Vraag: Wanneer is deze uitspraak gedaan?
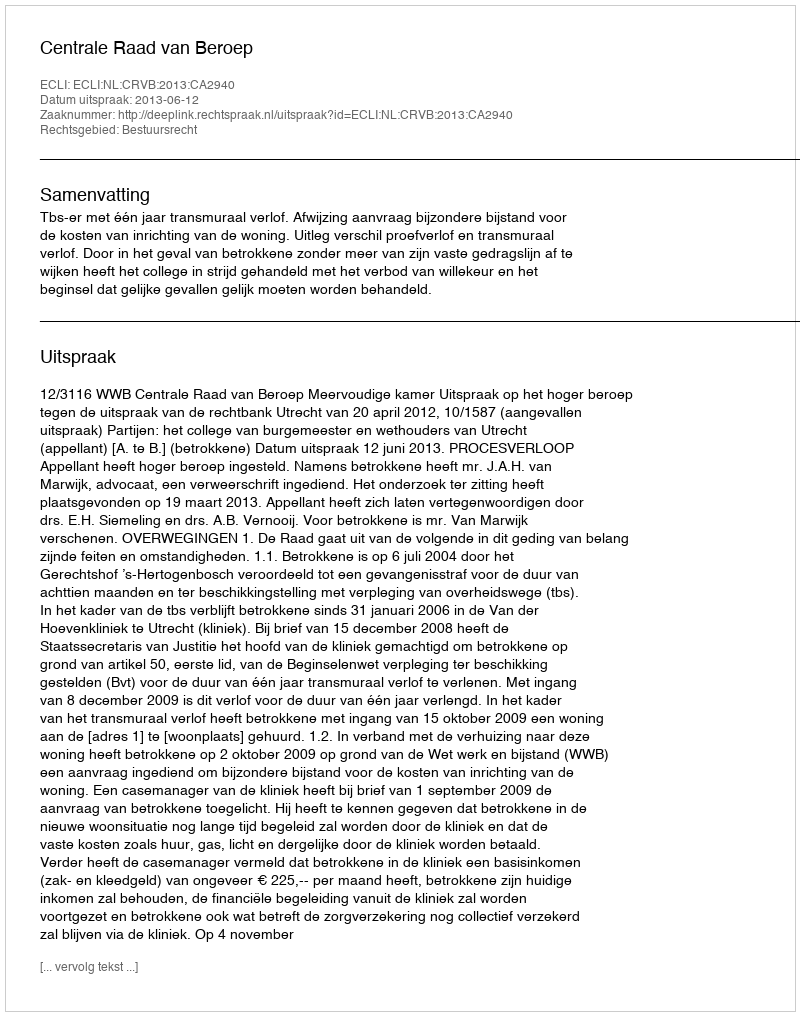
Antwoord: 2013-06-12